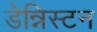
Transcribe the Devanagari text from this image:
डेन्निस्टन